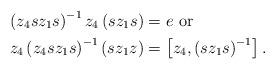
LaTeX: \begin{align*}\left(z_{4}sz_{1}s\right)^{-1}z_{4}\left(sz_{1}s\right)&=e\mbox{ or}\\z_{4}\left(z_{4}sz_{1}s\right)^{-1}\left(sz_{1}z\right)&=\left[z_{4},\left(sz_{1}s\right)^{-1}\right].\end{align*}